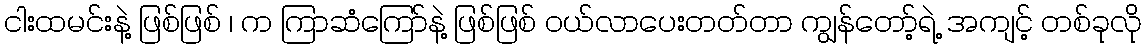
ငါးထမင်းနဲ့ ဖြစ်ဖြစ် ၊ က ကြာဆံကြော်နဲ့ ဖြစ်ဖြစ် ဝယ်လာပေးတတ်တာ ကျွန်တော့်ရဲ့ အကျင့် တစ်ခုလို